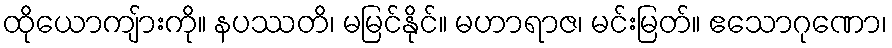
ထိုယောကျ်ားကို။ နပဿတိ၊ မမြင်နိုင်။ မဟာရာဇ၊ မင်းမြတ်။ ဧသောဂုဏော၊